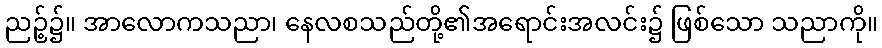
ညဉ့်၌။ အာလောကသညာ၊ နေလစသည်တို့၏အရောင်းအလင်း၌ ဖြစ်သော သညာကို။